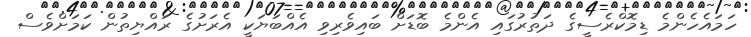
ހަމައެހެންމެ ޑިމޮކްރެސީގެ ދަތުރުގައި އެންމެ ބޮޑަށް ބައިވެރިވި އެއްބަޔަކީ އެރަށުގެ ރައްޔިތުން ކަމަށްވެސް